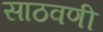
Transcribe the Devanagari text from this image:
साठवणी